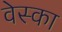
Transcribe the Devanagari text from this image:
वेस्का